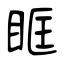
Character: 眶